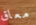
معاق